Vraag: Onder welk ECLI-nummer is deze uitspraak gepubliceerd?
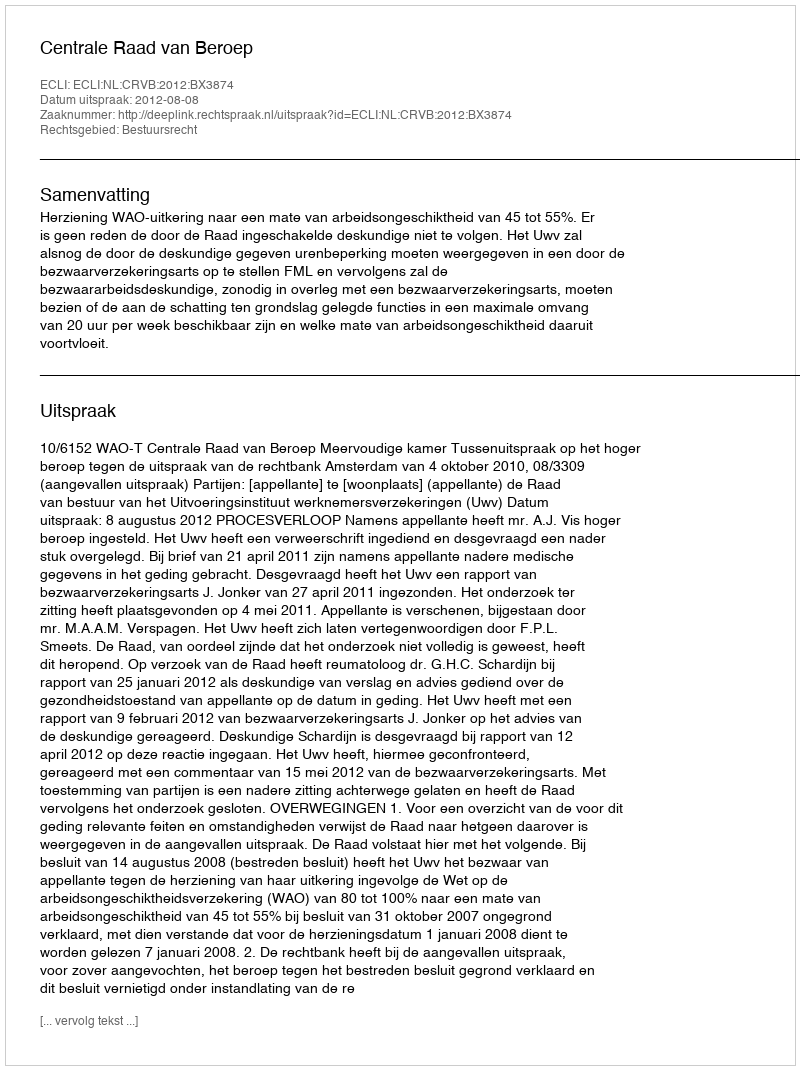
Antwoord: ECLI:NL:CRVB:2012:BX3874